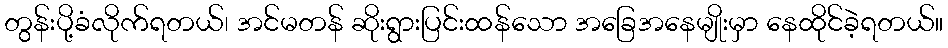
တွန်းပို့ခံလိုက်ရတယ်၊ အင်မတန် ဆိုးရွားပြင်းထန်သော အခြေအနေမျိုးမှာ နေထိုင်ခဲ့ရတယ်။